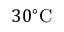
3 0 ^ { \circ } \mathrm { C }